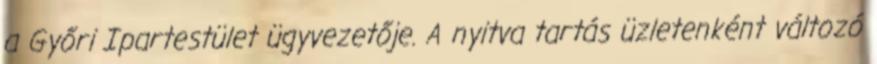
a Győri Ipartestület ügyvezetője. A nyitva tartás üzletenként változó